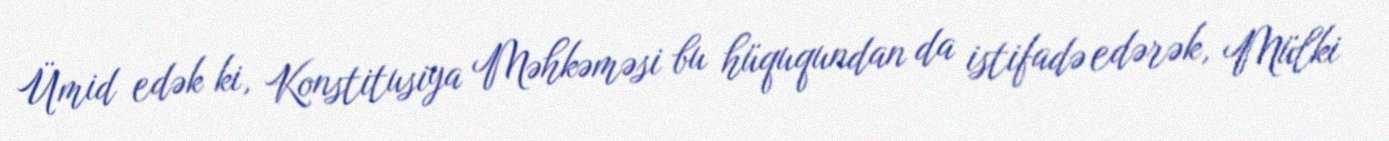
Ümid edək ki, Konstitusiya Məhkəməsi bu hüququndan da istifadə edərək, Mülki